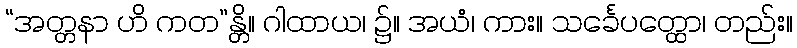
“အတ္တနာ ဟိ ကတ”န္တိ။ ဂါထာယ၊ ၌။ အယံ၊ ကား။ သင်္ခေပတ္ထော၊ တည်း။